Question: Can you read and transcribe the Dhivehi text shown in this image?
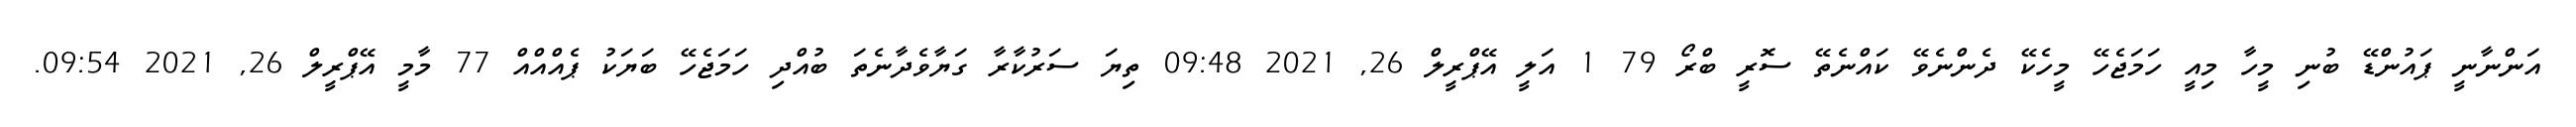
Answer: އަންނާނީ ޕައުންޑޭ ބުނި މީހާ މިއީ ހަމަޖެހޭ މީހެކޭ ދެންނެވޭ ކައްނެތޭ ސޮރީ ބްރޯ 79 1 އަލީ އޭޕްރީލް 26, 2021 09:48 ތިޔަ ސަރުކާރާ ގަޔާވެދާނެތަ ބުއްދި ހަމަޖެހޭ ބަޔަކު ޕެއްއްއް 77 މާމީ އޭޕްރީލް 26, 2021 09:54.